Report on vaccination in the Province of Bengal - 1874-1889
Year: 1874
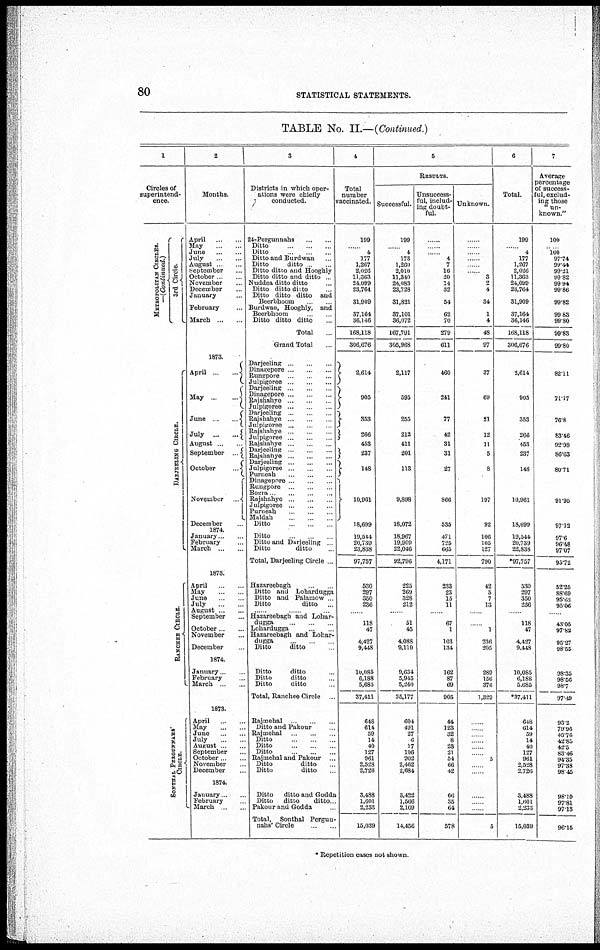
80
STATISTICAL STATEMENTS.
TABLE No. II.—(Continued.)
1
Circles of
superintend-
ence.
METROPOLITAN CIRCLES.
—(Continued.)
3rd Circle.
DARJE E L ING CI RCLE.
RANCHEE CIRCLE.
SONTHAL PERGUNNAHS'
CIRCLE.
2
Months.
April ... ...
May ... ...
June
...
...
July ... ...
August ...
September ...
October ...
November ...
December ...
January ...
February ...
March ... ...
1873.
April
...
...
May
...
...
June
...
...
July ... ...
August
September
...
October ...
November ... ...
December
1874
January . ...
February ... ...
March ...
1873.
April ...
May ...
June ...
July
...
August ... ...
September ...
October.. ...
November ...
December
1874.
January ...
February ...
March ... ...
1873.
April ...
May ... ...
June ... ...
July ... ...
August ...
September ...
October. ...
November ...
December ...
1874.
January ...
February ...
March ...
3
Districts in which oper-
ations were chiefly
conducted.
24-Pergunnahs ... ...
Ditto ... ... ...
Ditto ... ... ...
Ditto and Burdwan
Ditto
ditto
Ditto ditto and Hooghly
Ditto ditto and ditto ...
Nuddea ditto ditto
Ditto ditto ditto ...
Ditto ditto ditto and
Beerbhoom
Burdwan, Hooghly, and
Beerbhoom
Ditto ditto ditto
Total
Grand Total
Darjeeling ... ...
Dinagepore ... ...
Rungpore ... ...
Julpigoree ... ...
Darjeeling ... ...
Dinagepore ... ... ...
Rajshahye ... ... ...
Julpigoree ... ...
Darjeeling ... ... ...
Rajshahye ... ...
Julpigoree ... ... ...
Rajshahye ... ... ...
Julpigoree ... ... ...
Rajshahye ... ... ...
Darjeeling ... ... ...
Rajshahye ... ... ...
Darjeeling .. ... ...
Julpigoree .. ... ...
Purneah ... ... ...
Dinagepore ... ... ...
Rungpore ... ... ...
Bogra ... ... ...
Rajshahye .. ... ...
Julpigoree ... ... ...
Purneah ... ... ...
Maldah ... ... ...
Ditto ... ...
Ditto ... ...
Ditto and Darjeeling ... ...
Ditto
ditto
Total, Darjeeling Circle .. ...
Hazareebagh ... ...
Ditto and Lohardugga
Ditto and Palamow
Ditto
ditto
......
Hazareebagh and Lohar-
dugga ... ...
Lohardugga ... ...
Hazareebagh and Lohar-
dugga ...
Ditto
ditto ...
Ditto
ditto ...
Ditto
ditto ...
Ditto
ditto ...
Total, Ranchee Circle ...
Rajmehal ...
Ditto and Pakour ...
Rajmehal ...
Ditto ...
Ditto ...
Ditto
...
...
Rajmehal and Pakour ..
Ditto
ditto ...
Ditto
ditto
Ditto
ditto and Godda
Ditto
ditto
ditto
Pakour and Godda
Total, Sonthal Pergun-
nahs' Circle ...
4
Total
number
vaccinated.
199
...
4
177
1,267
2,026
11,363
24,099
23,764
31,909
37,164
36,146
168,118
306,676
2,614
905
353
266
453
237
148
10,961
18,699
19,544
20,739
23,838
97,757
530
297
350
236
...
118
47
4,427
9,448
10,085
6,188
5,685
37,411
648
614
59
14
40
127
961
2,528
2,726
3,488
1,601
2,233
15,039
5
RESULTS.
Successful.
199
...
4
173
1,260
2,010
11,340
24,083
23,728
31,821
37,101
36,072
167,791
305,968
2,117
595
255
212
411
201
113
9,898
18,072
18,967
19,909
22,046
92,796
225
269
328
212
...
51
45
4,088
9,110
9,634
5,945
5,240
35,177
604
491
27
6
17
106
902
2,462
2,684
3,422
1,566
2,169
14,456
Unsuccess-
ful, includ-
ing doubt-
ful.
...
...
...
4
7
16
20
14
32
54
62
70
279
611
460
241
77
42
31
31
27
866
535
471
725
665
4,171
233
23
15
11
...
67
1
103
134
162
87
69
905
44
123
32
8
23
21
54
66
42
66
35
64
578
Unknown.
...
...
...
...
...
...
3
2
4
34
1
4
48
97
37
69
21
12
11
5
8
197
92
106
105
127
790
42
5
7
13
...
...
1
236
205
289
156
376
1,329
5
5
6
Total.
199
...
4
177
1,267
2,026
11,363
24,099
23,764
31,909
37,164
36,146
168,118
306,676
2,614
905
353
266
453
237
148
10,961
18,699
19,544
20,739
22,838
*97,757
530
297
350
236
...
118
47
4,427
9,448
10,085
6,188
5,685
*37,411
648
614
59
14
40
127
961
2,528
2,726
3,4888
1,601
2,233
15,039
7
Average
percentage
of success-
ful, exclud-
ing those
" un-
known."
100
...
100
97.74
99.44
99.21
99.82
99.94
99.86
99.82
99.83
99.80
99.83
99.80
82.11
71.l7
76.8
83.46
92.98
86.63
80.71
91.95
97.12
97.6
96.48
97.07
95.72
52.25
88.69
95.02
95.06
...
43.05
97.82
95.27
98.55
98.35
98.56
98.7
97.49
93.2
79.96
45.76
42.85
42.5
83.46
94.35
97.38
98.45
98.10
97.81
97.13
96.15
* Repetition cases not shown.